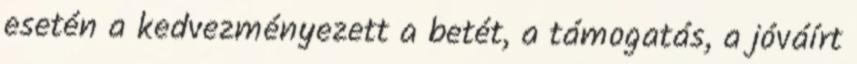
esetén a kedvezményezett a betét, a támogatás, a jóváírt